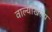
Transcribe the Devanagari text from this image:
वाल्यखिल्य